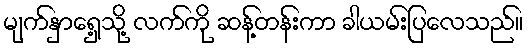
မျက်နှာရှေ့သို့ လက်ကို ဆန့်တန်းကာ ခါယမ်းပြလေသည်။